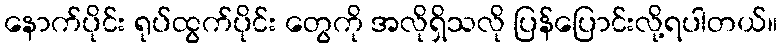
နောက်ပိုင်း ရုပ်ထွက်ပိုင်း တွေကို အလိုရှိသလို ပြန်ပြောင်းလို့ရပါတယ်။